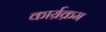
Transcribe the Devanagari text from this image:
कार्य्रक्रम